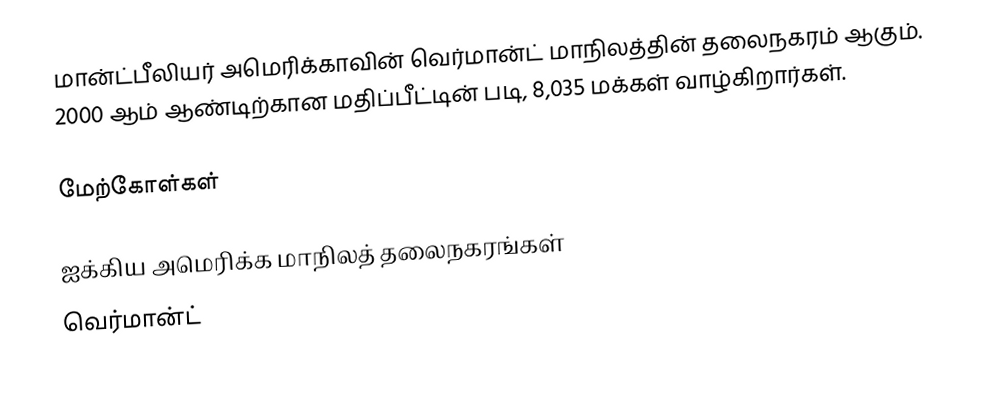
மான்ட்பீலியர் அமெரிக்காவின் வெர்மான்ட் மாநிலத்தின் தலைநகரம் ஆகும். 2000 ஆம் ஆண்டிற்கான மதிப்பீட்டின் படி, 8,035 மக்கள் வாழ்கிறார்கள்.

மேற்கோள்கள்

ஐக்கிய அமெரிக்க மாநிலத் தலைநகரங்கள்
வெர்மான்ட்